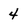
Character: 4